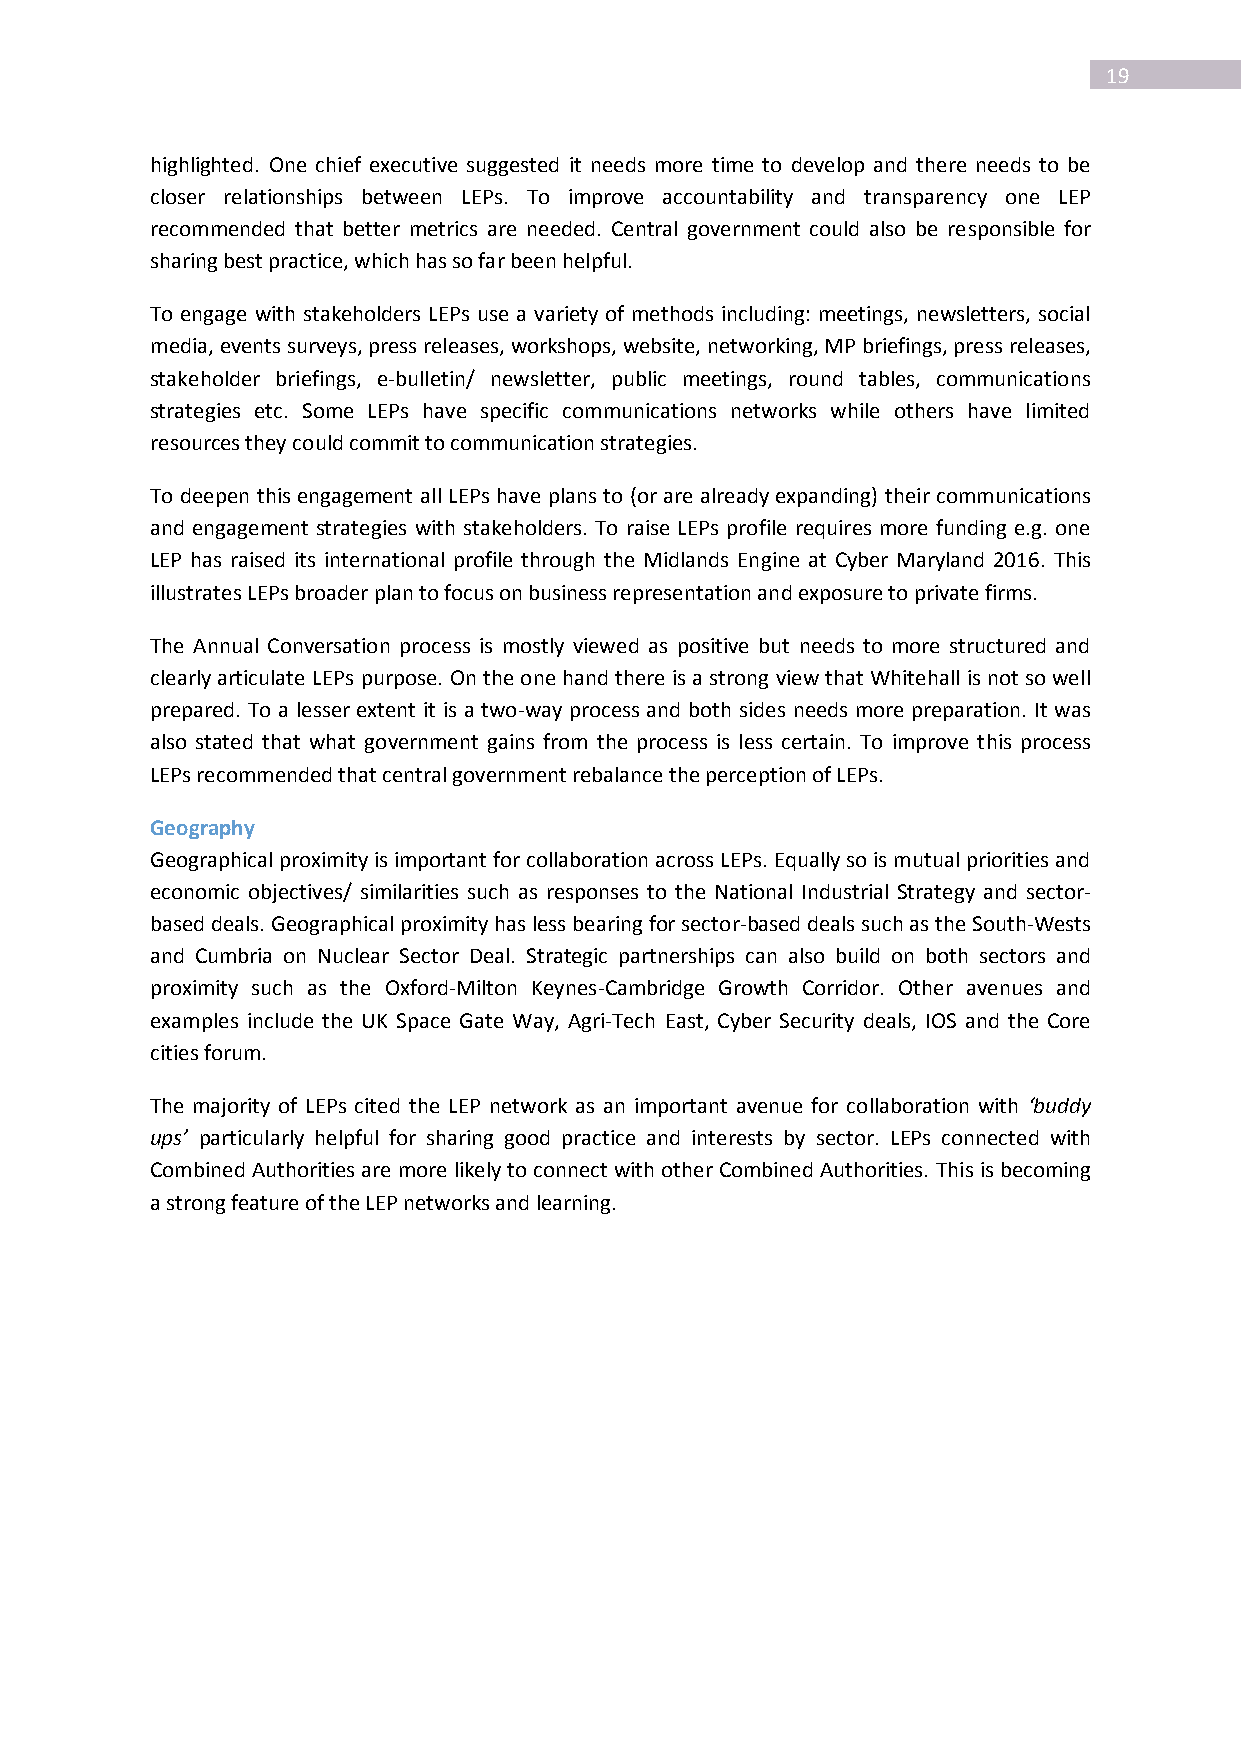
19
 highlighted. One chief executive suggested it needs more time to develop and there needs to be
 closer relationships between LEPs. To improve accountability and transparency one LEP
 recommended that better metrics are needed. Central government could also be responsible for
 sharing best practice, which has so far been helpful.
 To engage with stakeholders LEPs use a variety of methods including: meetings, newsletters, social
 media, events surveys, press releases, workshops, website, networking, MP briefings, press releases,
 stakeholder briefings, e-bulletin/ newsletter, public meetings, round tables, communications
 strategies etc. Some LEPs have specific communications networks while others have limited
 resources they could commit to communication strategies.
 To deepen this engagement all LEPs have plans to (or are already expanding) their communications
 and engagement strategies with stakeholders. To raise LEPs profile requires more funding e.g. one
 LEP has raised its international profile through the Midlands Engine at Cyber Maryland 2016. This
 illustrates LEPs broader plan to focus on business representation and exposure to private firms.
 The Annual Conversation process is mostly viewed as positive but needs to more structured and
 clearly articulate LEPs purpose. On the one hand there is a strong view that Whitehall is not so well
 prepared. To a lesser extent it is a two-way process and both sides needs more preparation. It was
 also stated that what government gains from the process is less certain. To improve this process
 LEPs recommended that central government rebalance the perception of LEPs.
 Geography
 Geographical proximity is important for collaboration across LEPs. Equally so is mutual priorities and
 economic objectives/ similarities such as responses to the National Industrial Strategy and sector-
 based deals. Geographical proximity has less bearing for sector-based deals such as the South-Wests
 and Cumbria on Nuclear Sector Deal. Strategic partnerships can also build on both sectors and
 proximity such as the Oxford-Milton Keynes-Cambridge Growth Corridor. Other avenues and
 examples include the UK Space Gate Way, Agri-Tech East, Cyber Security deals, IOS and the Core
 cities forum.
 The majority of LEPs cited the LEP network as an important avenue for collaboration with ‘buddy
 ups’ particularly helpful for sharing good practice and interests by sector. LEPs connected with
 Combined Authorities are more likely to connect with other Combined Authorities. This is becoming
 a strong feature of the LEP networks and learning.